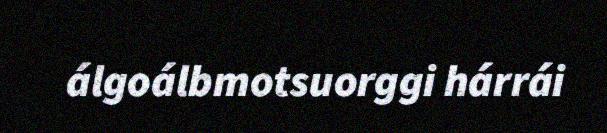
álgoálbmotsuorggi hárrái